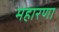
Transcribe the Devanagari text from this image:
महारणा